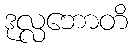
ဒုလ္လဘောတိ